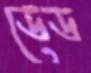
ডেড